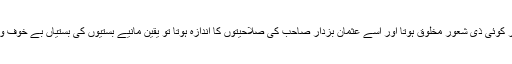
ڈینگی مچھر اگر کوئی ذی شعور مخلوق ہوتا اور اسے عثمان بزدار صاحب کی صلاحیتوں کا اندازہ ہوتا تو یقین مانیے بستیوں کی بستیاں بے خوف و خطر اجاڑ ڈالتا۔